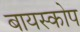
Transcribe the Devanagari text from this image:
बायस्कोप